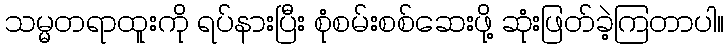
သမ္မတရာထူးကို ရပ်နားပြီး စုံစမ်းစစ်ဆေးဖို့ ဆုံးဖြတ်ခဲ့ကြတာပါ။